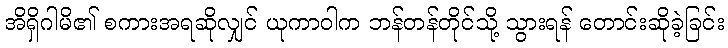
အိရှိဂါမိ၏ စကားအရဆိုလျှင် ယုကာဝါက ဘန်တန်တိုင်သို့ သွားရန် တောင်းဆိုခဲ့ခြင်း